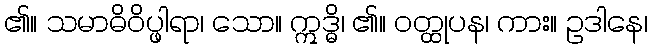
၏။ သမာဓိဝိပ္ဖါရာ၊ သော။ ဣဒ္ဓိ၊ ၏။ ဝတ္ထုပန၊ ကား။ ဥဒါနေ၊